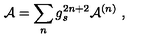
{ \cal A } = \sum _ { n } g _ { s } ^ { 2 n + 2 } { \cal A } ^ { ( n ) } \ ,